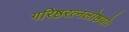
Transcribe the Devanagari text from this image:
गरिष्ठरत्नलोष्ठयोः